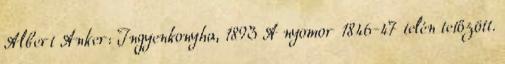
Albert Anker: Ingyenkonyha, 1893 A nyomor 1846-47 telén tetőzött.